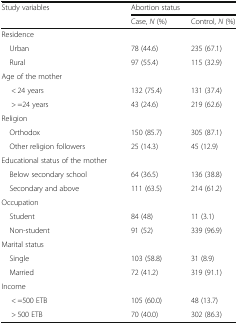
| <ROWSPAN=2> Study variables | <COLSPAN=2> Abortion status |
 | Case, N (%) | Control, N (%) |
 | --- | --- | --- |
 | Residence |  |  |
 | Urban | 78 (44.6) | 235 (67.1) |
 | Rural | 97 (55.4) | 115 (32.9) |
 | Age of the mother |  |  |
 | < 24 years | 132 (75.4) | 131 (37.4) |
 | > =24 years | 43 (24.6) | 219 (62.6) |
 | Religion |  |  |
 | Orthodox | 150 (85.7) | 305 (87.1) |
 | Other religion followers | 25 (14.3) | 45 (12.9) |
 | Educational status of the mother |  |  |
 | Below secondary school | 64 (36.5) | 136 (38.8) |
 | Secondary and above | 111 (63.5) | 214 (61.2) |
 | Occupation |  |  |
 | Student | 84 (48) | 11 (3.1) |
 | Non-student | 91 (52) | 339 (96.9) |
 | Marital status |  |  |
 | Single | 103 (58.8) | 31 (8.9) |
 | Married | 72 (41.2) | 319 (91.1) |
 | Income |  |  |
 | < =500 ETB | 105 (60.0) | 48 (13.7) |
 | > 500 ETB | 70 (40.0) | 302 (86.3) |